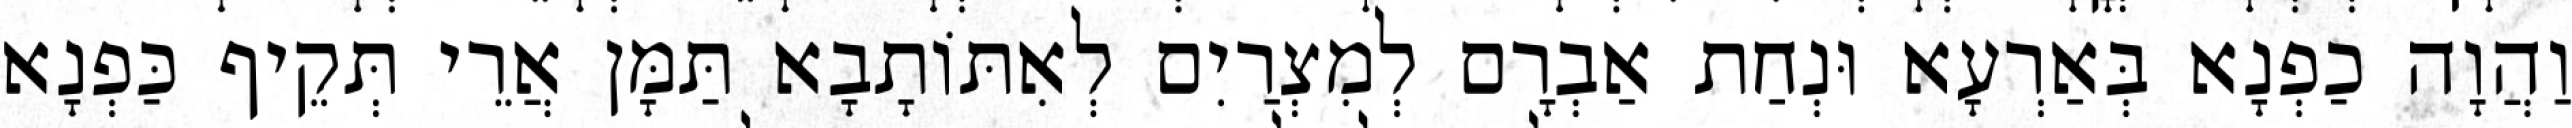
וַהֲוָה כַפְנָא בְּאַרְעָא וּנְחַת אַבְרָם לְמִצְרַיִם לְאִתּוֹתָבָא תַּמָּן אֲרֵי תְּקֵיף כַּפְנָא